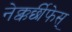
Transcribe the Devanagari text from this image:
नेक्कर्छीफेस्